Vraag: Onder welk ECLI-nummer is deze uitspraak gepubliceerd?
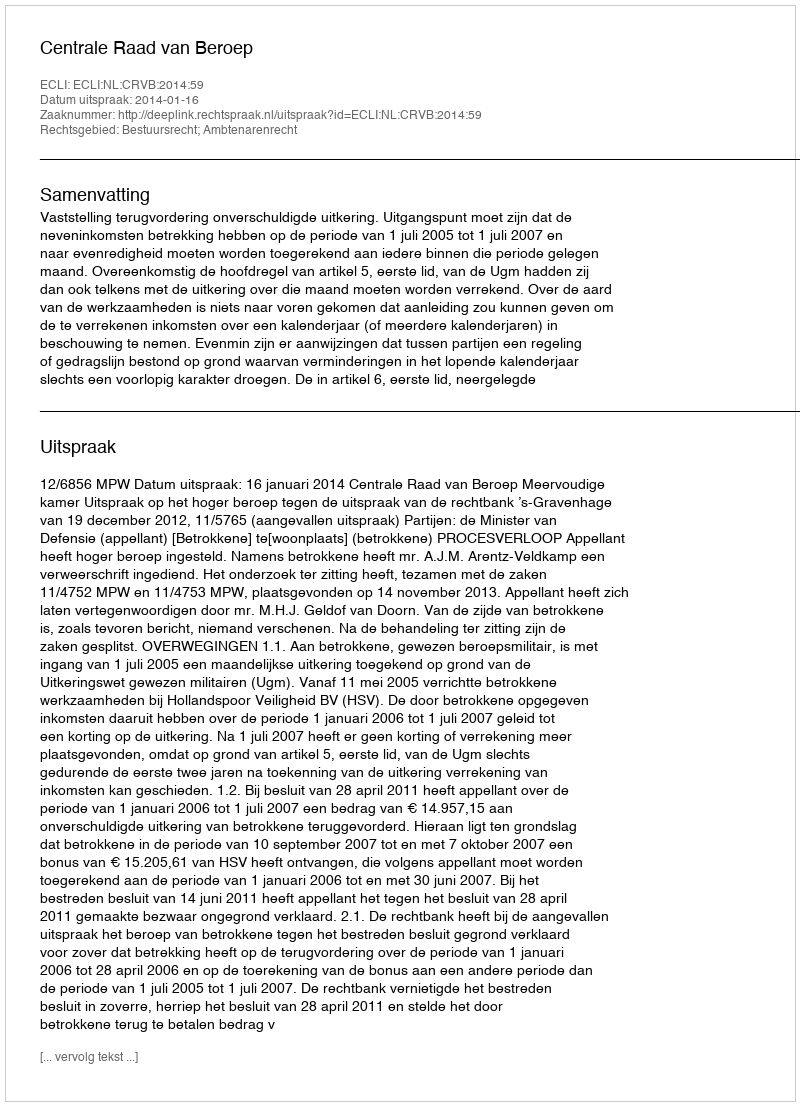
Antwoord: ECLI:NL:CRVB:2014:59